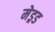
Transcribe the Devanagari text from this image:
मेड्रड